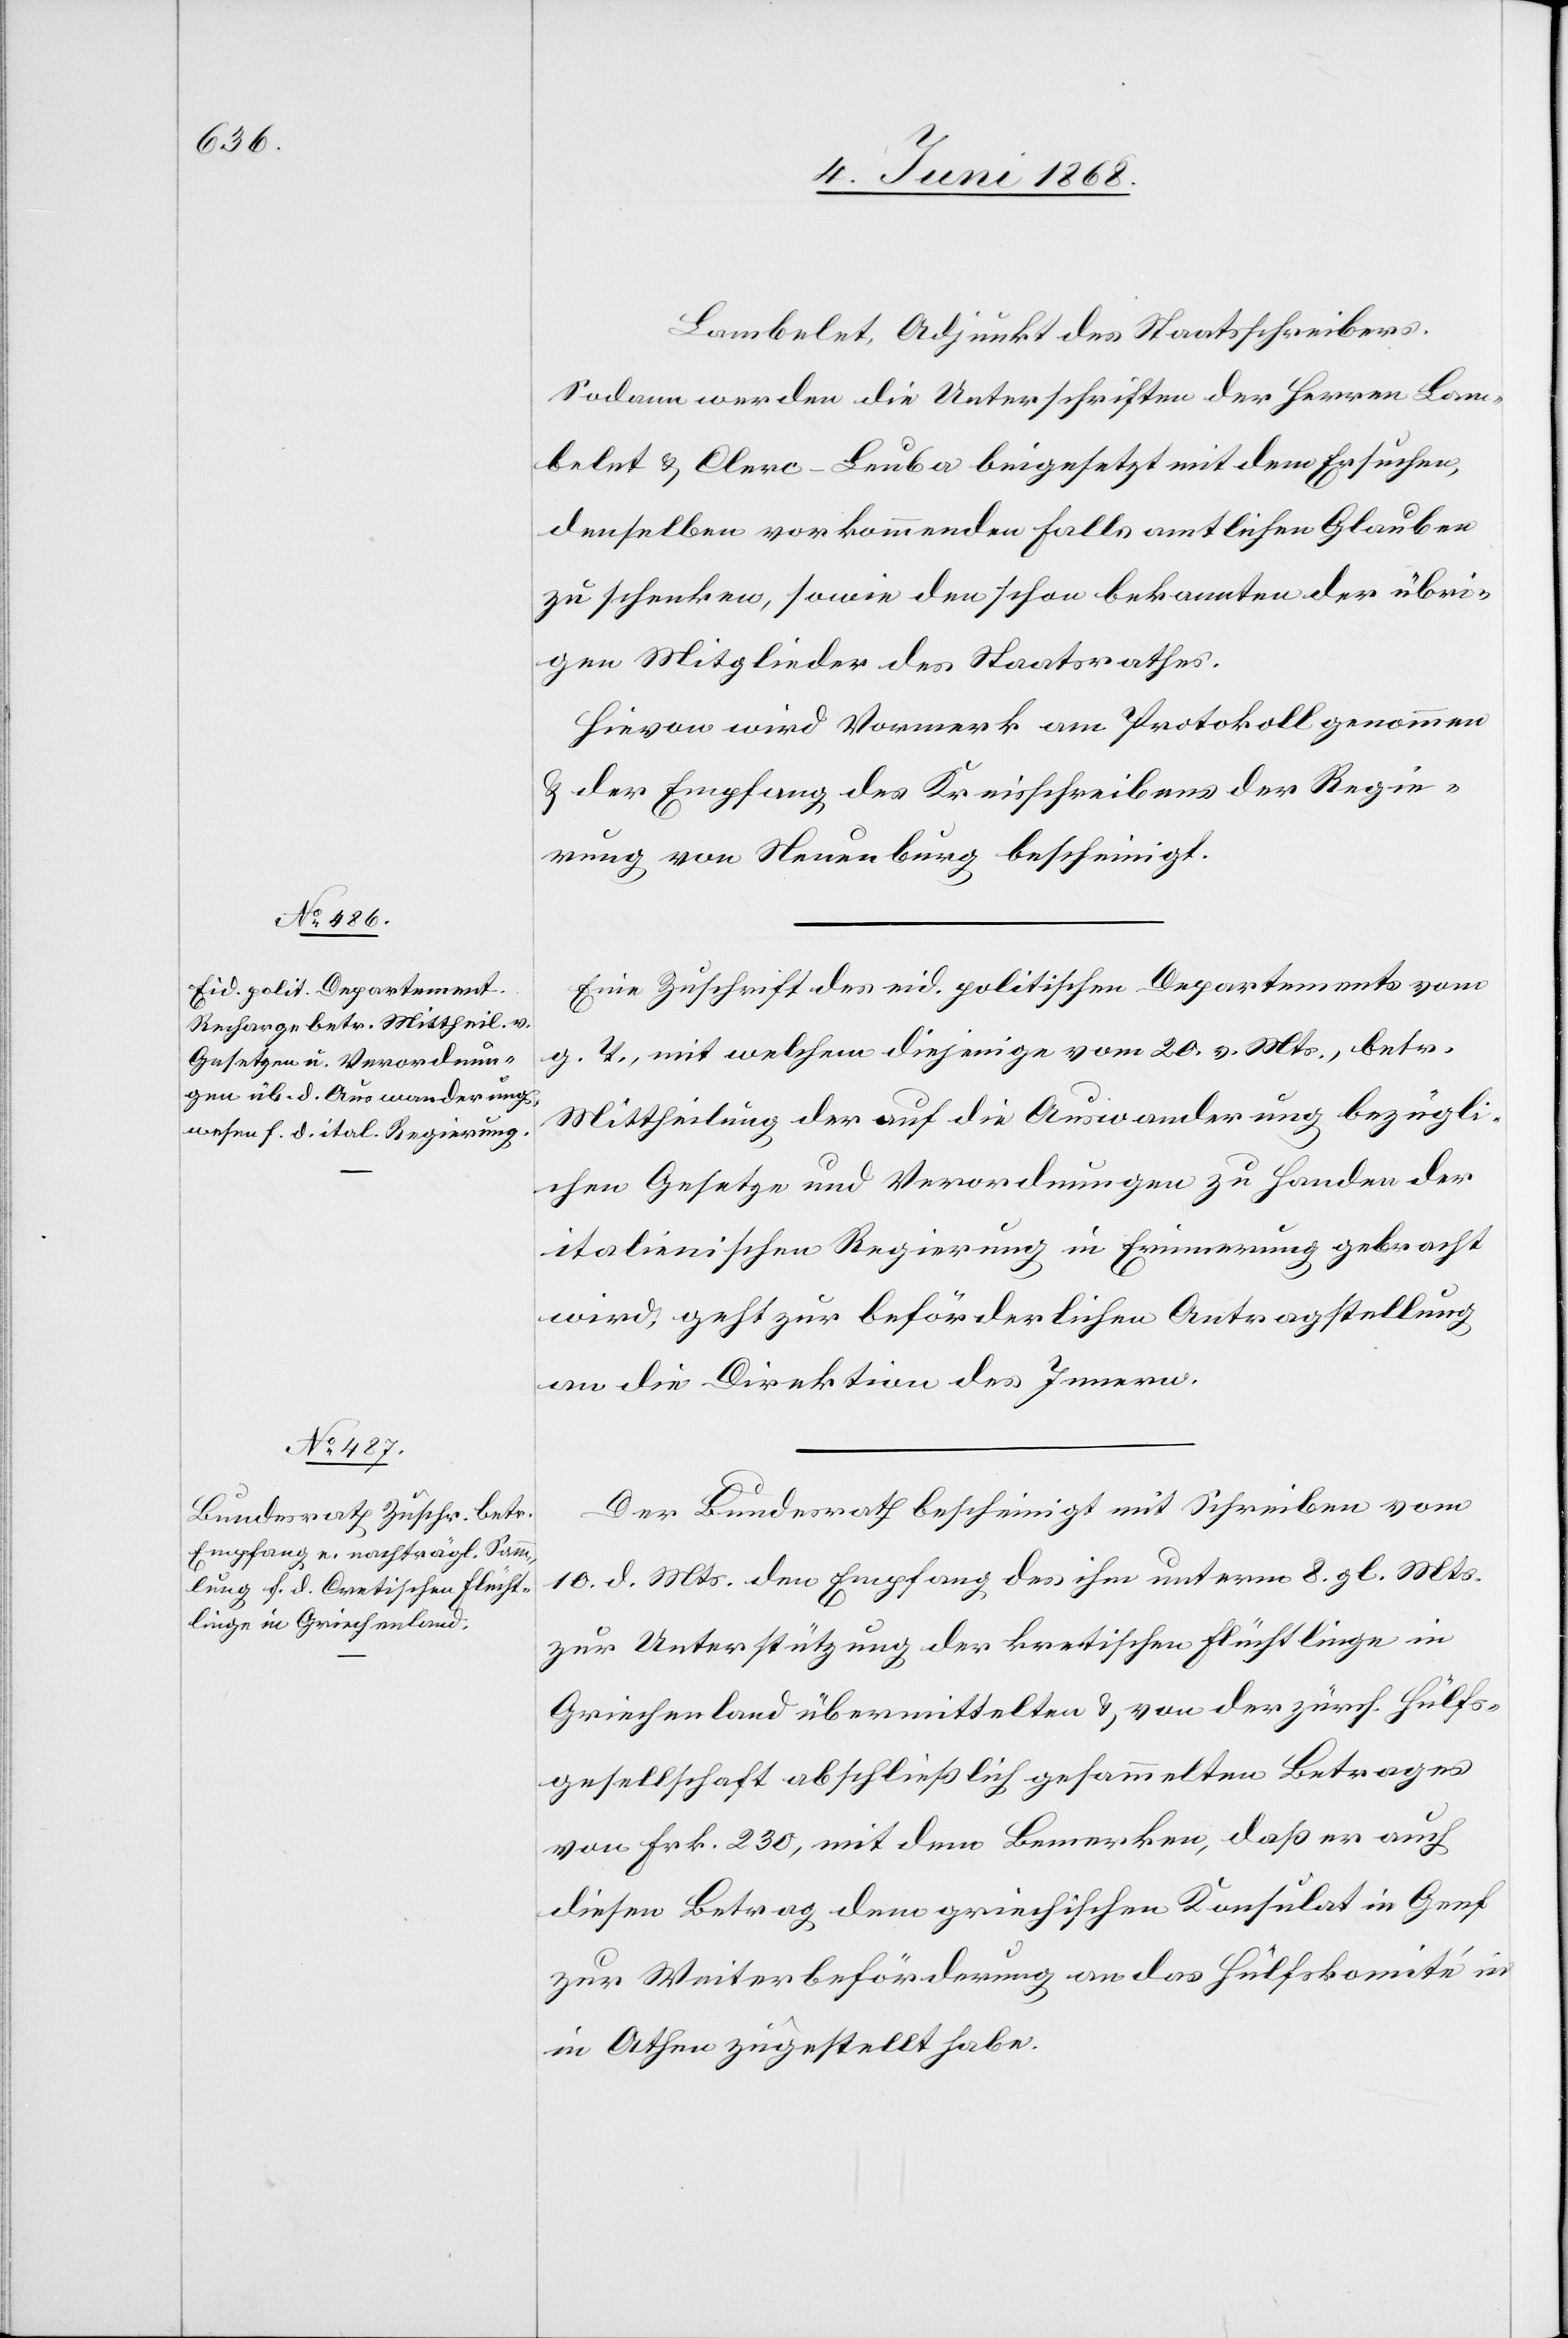
12. Juni 1868.]
Lambelet, Adjunkt des Staatsschreibers.
Sodann werden die Unterschriften der Herren Lam¬
belet & Clerc-Leuba beigesetzt mit dem Ersuchen,
denselben vorkommenden Falls amtlichen Glauben
zu schenken, sowie den schon bekannten der übri¬
gen Mitglieder des Staatsrathes.
Hievon wird Vormerk am Protokoll genommen
& der Empfang des Kreisschreibens der Regie¬
rung von Neuenburg bescheinigt.
Eine Zuschrift des eid. politischen Departements vom
g. T., mit welchem diejenige vom 20. v. Mts., betr.
Mittheilung der auf die Auswanderung bezügli¬
chen Gesetze und Verordnungen zu Handen der
italienischen Regierung in Erinnerung gebracht
wird, geht zur beförderlichen Antragstellung
an die Direktion des Innern.
Der Bundesrath bescheinigt mit Schreiben vom
10. d. Mts. den Empfang des ihm unterm 8. gl. Mts.
zur Unterstützung der kretischen Flüchtlinge in
Griechenland übermittelten & von der zürch. Hülfs¬
gesellschaft abschließlich gesammelten Betrages
von Frk. 230, mit dem Bemerken, daß er auch
diesen Betrag dem griechischen Konsulat in Genf
zur Weiterbeförderung an das Hülfskomité in
Athen zugestellt habe.